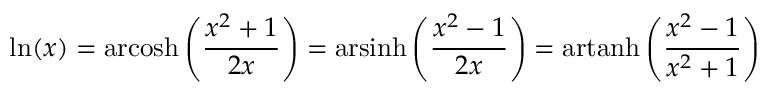
\ln ( x ) = \operatorname { a r c o s h } \left( { \frac { x ^ { 2 } + 1 } { 2 x } } \right) = \operatorname { a r s i n h } \left( { \frac { x ^ { 2 } - 1 } { 2 x } } \right) = \operatorname { a r t a n h } \left( { \frac { x ^ { 2 } - 1 } { x ^ { 2 } + 1 } } \right)